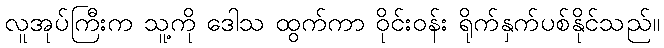
လူအုပ်ကြီးက သူ့ကို ဒေါသ ထွက်ကာ ဝိုင်းဝန်း ရိုက်နှက်ပစ်နိုင်သည်။